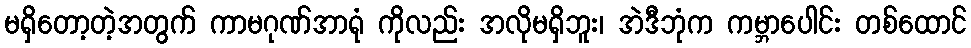
မရှိတော့တဲ့အတွက် ကာမဂုဏ်အာရုံ ကိုလည်း အလိုမရှိဘူး၊ အဲဒီဘုံက ကမ္ဘာပေါင်း တစ်ထောင်